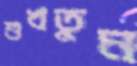
শুখতুম